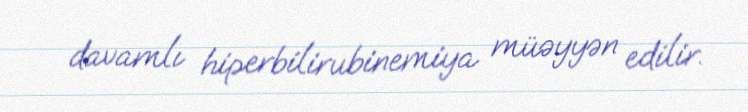
davamlı hiperbilirubinemiya müəyyən edilir.